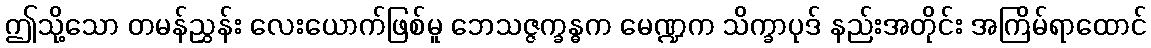
ဤသို့သော တမန်ညွှန်း လေးယောက်ဖြစ်မူ ဘေသဇ္ဇက္ခန္ဓက မေဏ္ဍက သိက္ခာပုဒ် နည်းအတိုင်း အကြိမ်ရာထောင်